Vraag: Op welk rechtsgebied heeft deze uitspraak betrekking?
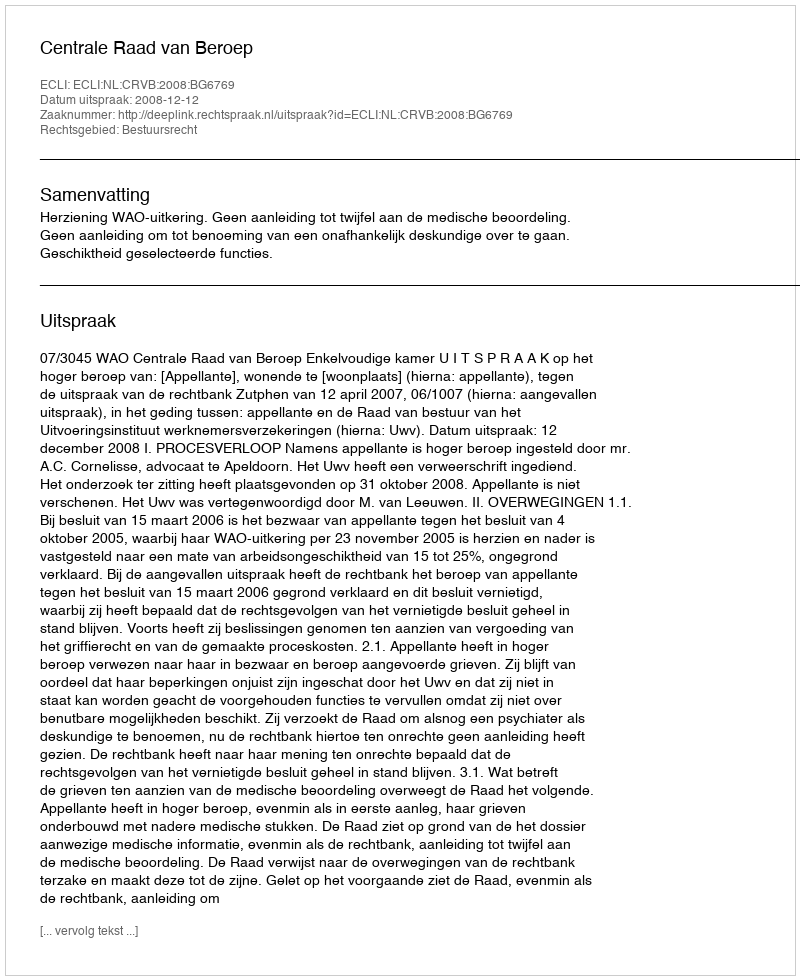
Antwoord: Bestuursrecht